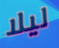
ليلا